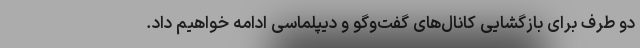
دو طرف برای بازگشایی کانال‌های گفت‌وگو و دیپلماسی ادامه خواهیم داد.